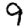
Digit: 9